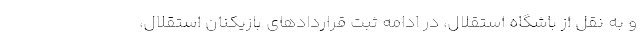
و به نقل از باشگاه استقلال، در ادامه ثبت قراردادهای بازیکنان استقلال،